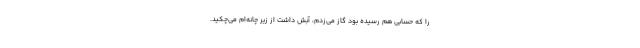
را که حسابی هم رسیده بود گاز می‌زدم، آبش داشت از زیر چانه‌ام می‌چکید.